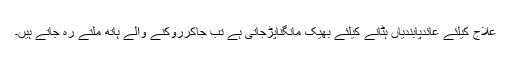
علاج کیلئے عائدپابندیاں ہٹانے کیلئے بھیک مانگناپڑجاتی ہے تب جاکرروکنے والے ہاتھ ملتے رہ جاتے ہیں۔